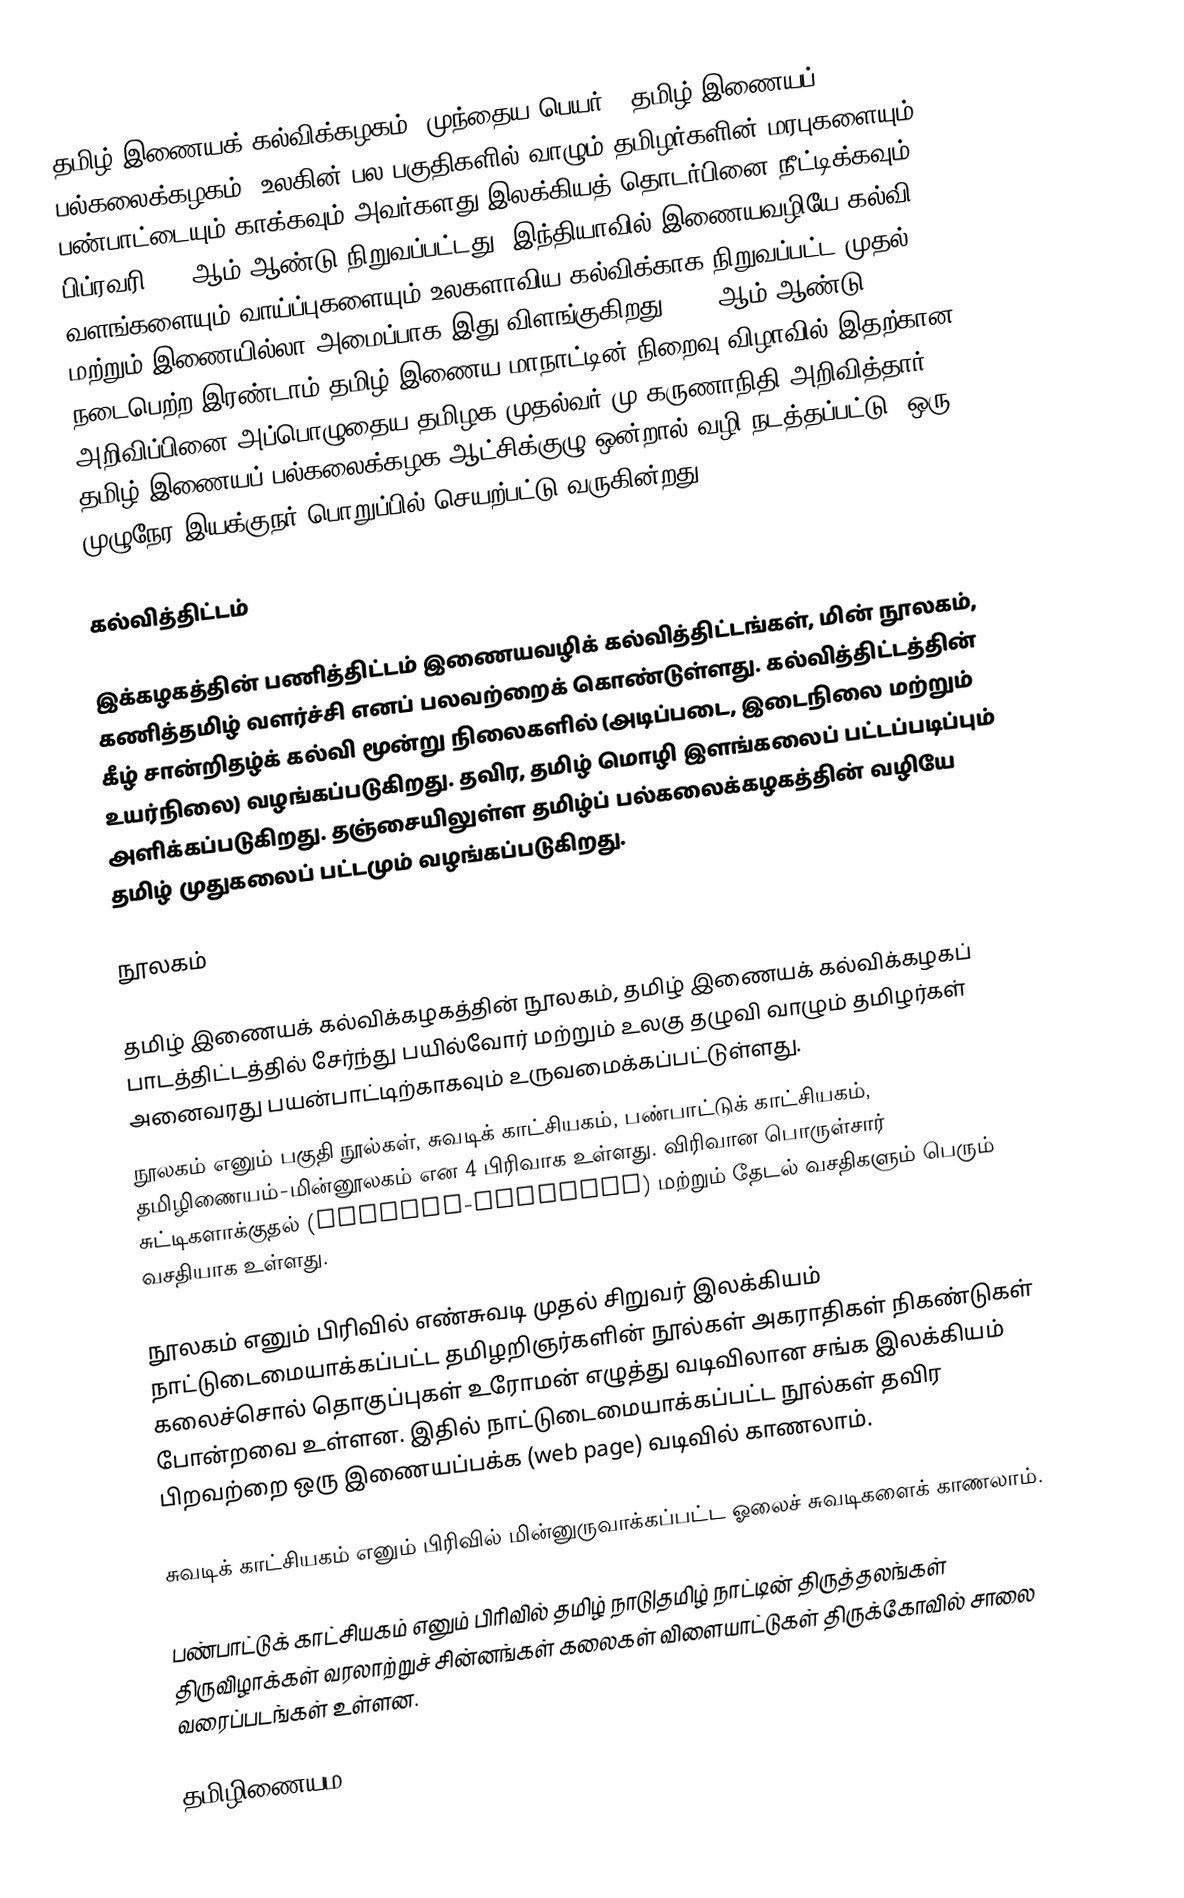
தமிழ் இணையக் கல்விக்கழகம் (முந்தைய பெயர் : தமிழ் இணையப் பல்கலைக்கழகம்) உலகின் பல பகுதிகளில் வாழும் தமிழர்களின் மரபுகளையும் பண்பாட்டையும் காக்கவும் அவர்களது இலக்கியத் தொடர்பினை நீட்டிக்கவும் 17 பிப்ரவரி 2001ஆம் ஆண்டு நிறுவப்பட்டது. இந்தியாவில் இணையவழியே கல்வி வளங்களையும் வாய்ப்புகளையும் உலகளாவிய கல்விக்காக நிறுவப்பட்ட முதல் மற்றும் இணையில்லா அமைப்பாக இது விளங்குகிறது. 1999ஆம் ஆண்டு நடைபெற்ற இரண்டாம் தமிழ் இணைய மாநாட்டின் நிறைவு  விழாவில் இதற்கான அறிவிப்பினை அப்பொழுதைய தமிழக முதல்வர் மு.கருணாநிதி அறிவித்தார். தமிழ் இணையப் பல்கலைக்கழக ஆட்சிக்குழு ஒன்றால் வழி நடத்தப்பட்டு, ஒரு முழுநேர இயக்குநர் பொறுப்பில் செயற்பட்டு வருகின்றது.

கல்வித்திட்டம்

இக்கழகத்தின் பணித்திட்டம் இணையவழிக் கல்வித்திட்டங்கள், மின் நூலகம், கணித்தமிழ் வளர்ச்சி எனப் பலவற்றைக் கொண்டுள்ளது. கல்வித்திட்டத்தின் கீழ் சான்றிதழ்க் கல்வி மூன்று நிலைகளில் (அடிப்படை, இடைநிலை மற்றும் உயர்நிலை) வழங்கப்படுகிறது. தவிர, தமிழ் மொழி இளங்கலைப் பட்டப்படிப்பும் அளிக்கப்படுகிறது. தஞ்சையிலுள்ள தமிழ்ப் பல்கலைக்கழகத்தின் வழியே தமிழ் முதுகலைப் பட்டமும் வழங்கப்படுகிறது.

நூலகம்

தமிழ் இணையக் கல்விக்கழகத்தின் நூலகம், தமிழ் இணையக் கல்விக்கழகப் பாடத்திட்டத்தில் சேர்ந்து பயில்வோர் மற்றும் உலகு தழுவி வாழும் தமிழர்கள் அனைவரது பயன்பாட்டிற்காகவும் உருவமைக்கப்பட்டுள்ளது.
நூலகம் எனும் பகுதி நூல்கள், சுவடிக் காட்சியகம், பண்பாட்டுக் காட்சியகம், தமிழிணையம்-மின்னூலகம் என 4 பிரிவாக உள்ளது. விரிவான பொருள்சார் சுட்டிகளாக்குதல் (subject-indexing) மற்றும் தேடல் வசதிகளும் பெரும் வசதியாக உள்ளது.

நூலகம் எனும் பிரிவில் எண்சுவடி முதல் சிறுவர் இலக்கியம் நாட்டுடைமையாக்கப்பட்ட தமிழறிஞர்களின் நூல்கள் அகராதிகள் நிகண்டுகள் கலைச்சொல் தொகுப்புகள் உரோமன் எழுத்து வடிவிலான சங்க இலக்கியம் போன்றவை உள்ளன. இதில் நாட்டுடைமையாக்கப்பட்ட நூல்கள் தவிர பிறவற்றை ஒரு இணையப்பக்க (web page) வடிவில் காணலாம்.

சுவடிக் காட்சியகம்  எனும் பிரிவில் மின்னுருவாக்கப்பட்ட ஓலைச் சுவடிகளைக் காணலாம்.

பண்பாட்டுக் காட்சியகம்  எனும் பிரிவில் தமிழ் நாடு|தமிழ் நாட்டின் திருத்தலங்கள் திருவிழாக்கள் வரலாற்றுச் சின்னங்கள் கலைகள் விளையாட்டுகள் திருக்கோவில் சாலை வரைப்படங்கள் உள்ளன.

தமிழிணையம